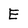
Character: E